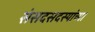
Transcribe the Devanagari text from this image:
संसदसदस्यांच्या